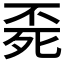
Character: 𣨀